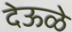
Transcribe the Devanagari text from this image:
देऊळे